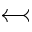
\leftarrowtail